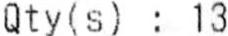
QTY(S) : 13